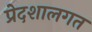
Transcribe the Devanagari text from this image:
प्रेदशालगत